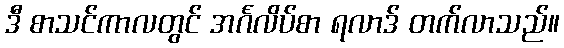
ဒီ စာသင်ကာလတွင် အင်္ဂလိပ်စာ ရလာဒ် တက်လာသည်။